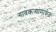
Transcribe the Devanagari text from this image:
गावकऱ्यांमार्फत